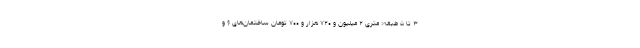
۳ تا ۵ طبقه: متری ۲ میلیون و ۷۲۰ هزار و ۷۰۰ تومان ساختمان‌های ۶ و